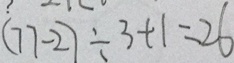
( 7 7 - 2 ) \div 3 + 1 = 2 6